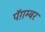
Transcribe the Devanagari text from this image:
पॅग़म्बर